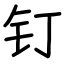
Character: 钉